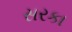
સરકા